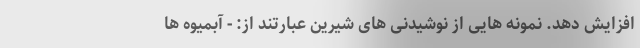
افزایش دهد. نمونه هایی از نوشیدنی های شیرین عبارتند از: - آبمیوه ها